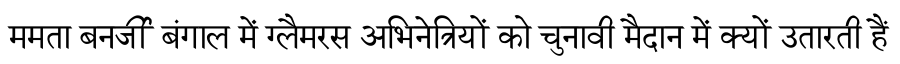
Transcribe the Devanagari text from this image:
ममता बनर्जी बंगाल में ग्लैमरस अभिनेत्रियों को चुनावी मैदान में क्यों उतारती हैं